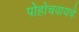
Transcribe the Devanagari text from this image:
पोहोचवायचे